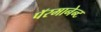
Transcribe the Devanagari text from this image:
पॅरमानेन्ट